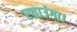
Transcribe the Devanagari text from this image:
रचाउंगा।